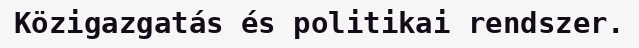
Közigazgatás és politikai rendszer.